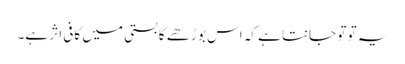
یہ تو تو جانتا ہے کہ اس بوڑھے کا بستی میں کافی اثر ہے۔